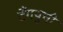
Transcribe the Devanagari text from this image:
टैंगयुची